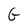
Character: G